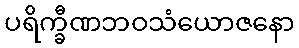
ပရိက္ခီဏဘဝသံယောဇနော